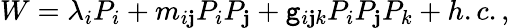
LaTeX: W=\lambda_{i}P_{i}+m_{i\mathbf{j}}P_{i}P_{\mathbf{j}}+\mathtt{g}_{i\mathbf{j}k}P_{i}P_{\mathbf{j}}P_{k}+h.c.,